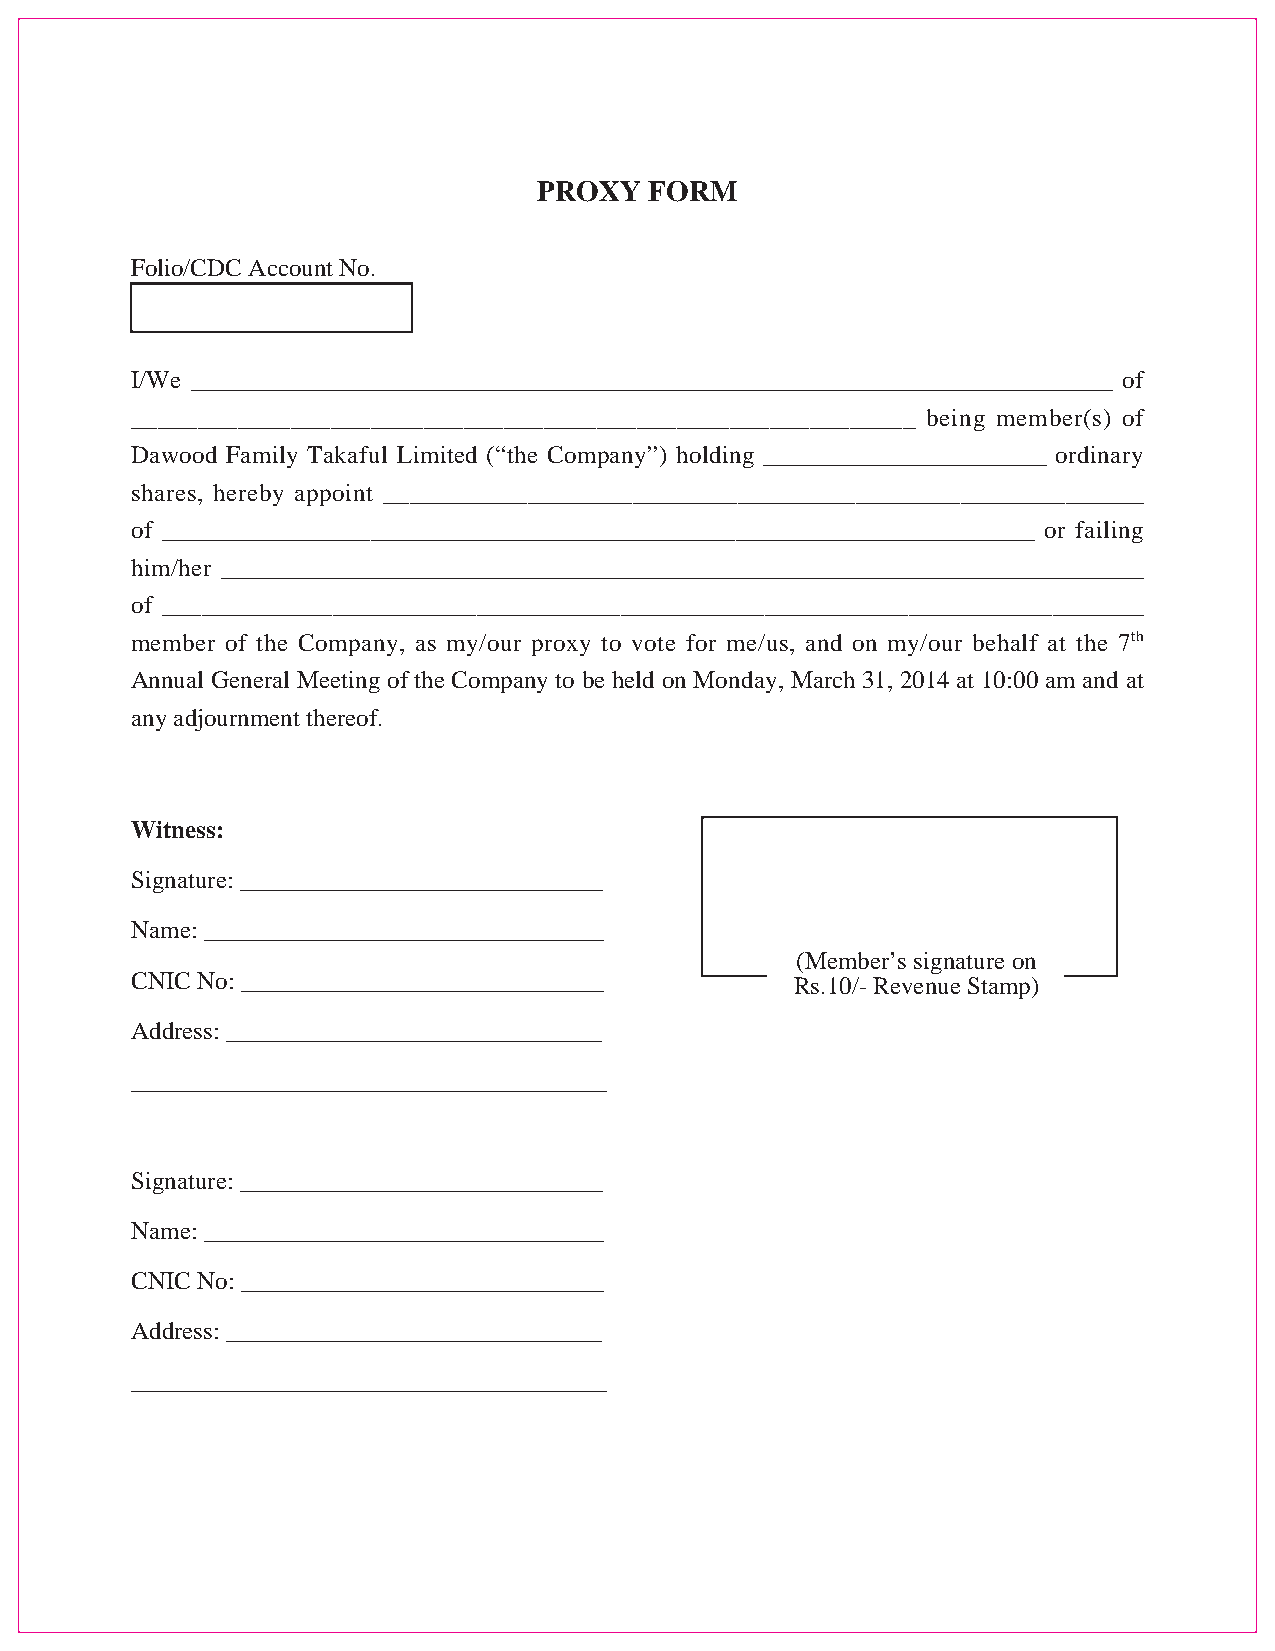
PROXY  FORM
 Folio/CDC Account No.
 I/We _______________________________________________________________________ of___________________________________________________________ being member(s) ofDawood Family Takaful Limited (“the Company”) holding ______________________ ordinaryshares, hereby appoint __________________________________________________________of ___________________________________________________________________ or failinghim/her _______________________________________________________________________of ___________________________________________________________________________member of the Company, as my/our proxy to vote for me/us, and on my/our behalf at the 7thAnnual General Meeting of the Company to be held on Monday, March 31, 2014 at 10:00 am and atany adjournment thereof.
 Witness:
 Signature: _____________________________
 Name: ________________________________
 CNIC No: _____________________________
 Address: ______________________________
 ______________________________________
 Signature: _____________________________
 Name: ________________________________
 CNIC No: _____________________________
 (Member’s signature on
 Rs.10/- Revenue Stamp)
 Address: ______________________________
 ______________________________________